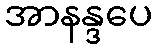
အာနန္ဒပေ